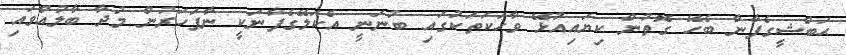
ޙަބްޝީގެފާނާ ބެހޭ ގޮތުން ކިޔައިއުޅޭ ވާހަކަތަކުގައި ބުނަނީ އެކަލޭގެފާނަކީ ނާފަހަރުން މުދާ ބާލުއްވައި